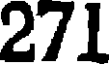
271